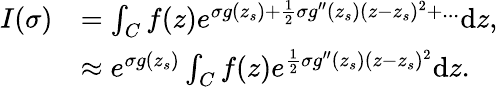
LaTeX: \begin{array}{rl}{I(\sigma)}&{=\int_{C}f(z)e^{\sigma g(z_{s})+\frac{1}{2}\sigma g^{\prime\prime}(z_{s})(z-z_{s})^{2}+...}\mathrm{d}z,}\\ &{\approx e^{\sigma g(z_{s})}\int_{C}f(z)e^{\frac{1}{2}\sigma g^{\prime\prime}(z_{s})(z-z_{s})^{2}}\mathrm{d}z.}\end{array}